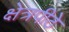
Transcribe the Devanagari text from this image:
क्षेत्रपीठे